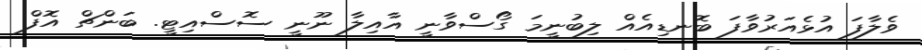
ވެލާފަ އުޅެއަރުވާފަ ބޮނޑިއެއް ލިބުނީމަ ގޯސްވާނީ އާއިލާ ނޫނީ ސޮސްއިޓީ. ބަންޗް އޮފް